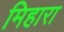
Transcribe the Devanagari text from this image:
मिहारा